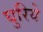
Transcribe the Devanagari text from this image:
घुरिये